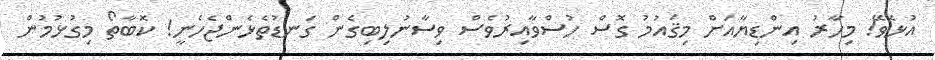
އުޅެވޭ! މިހާރު އިންޑިޔާއަށް މިޤައުމު ގޮސް ހުސްވާއިރުވެސް ވިސާނުލިބިގެން ގަނޑުތެޅެންޖެހެނީ! ކޮބާތޯ މިގުޅުމުން